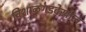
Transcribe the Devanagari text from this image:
विशाळगडदेखील